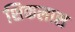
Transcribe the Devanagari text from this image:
शिकलास